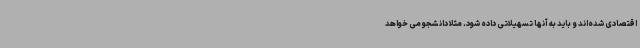
اقتصادی شده‌اند و باید به آنها تسهیلاتی داده شود. مثلا دانشجو می خواهد